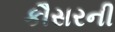
કૌસરની